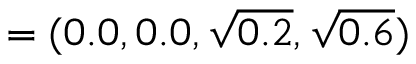
= ( 0 . 0 , 0 . 0 , \sqrt { 0 . 2 } , \sqrt { 0 . 6 } )